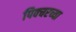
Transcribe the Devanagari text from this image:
पिक्चरच्या